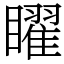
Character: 矅